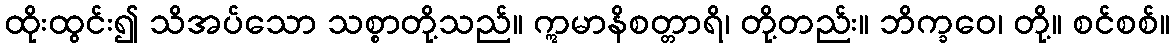
ထိုးထွင်း၍ သိအပ်သော သစ္စာတို့သည်။ ဣမာနိစတ္တာရိ၊ တို့တည်း။ ဘိက္ခဝေ၊ တို့။ စင်စစ်။